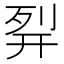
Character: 𰐊